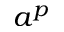
a ^ { p }